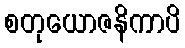
စတုယောဇနိကာပိ